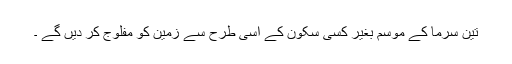
تین سرما کے موسم بغیر کسی سکون کے اسی طرح سے زمین کو مفلوج کر دیں گے ۔